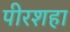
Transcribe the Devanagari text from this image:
पीरशहा